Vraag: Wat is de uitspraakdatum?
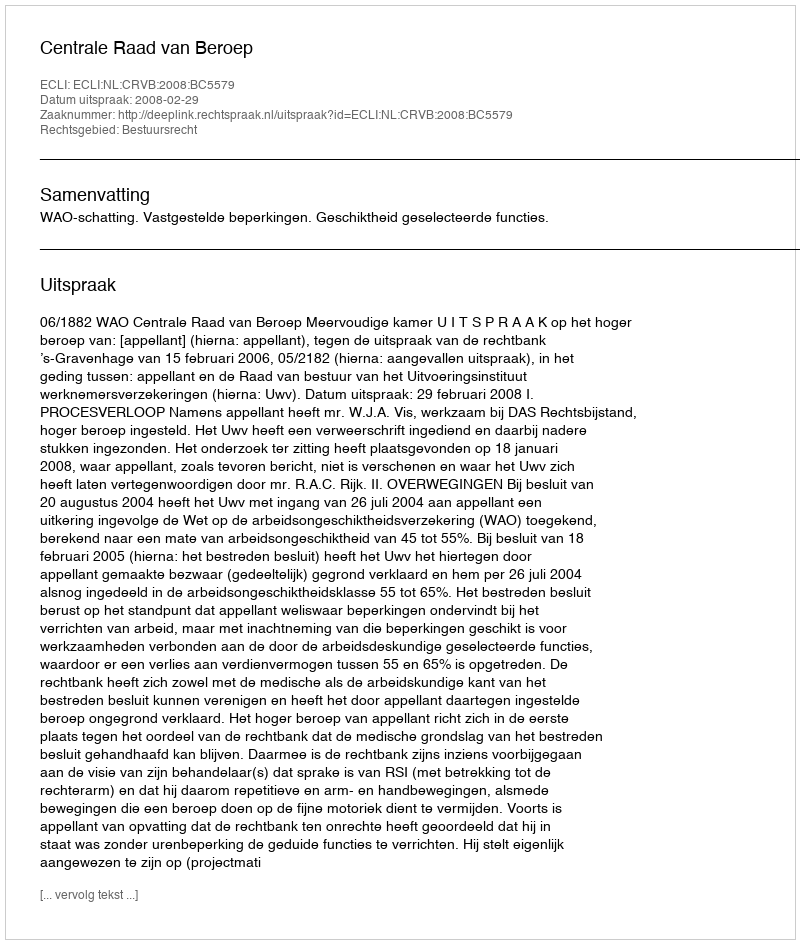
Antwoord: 2008-02-29